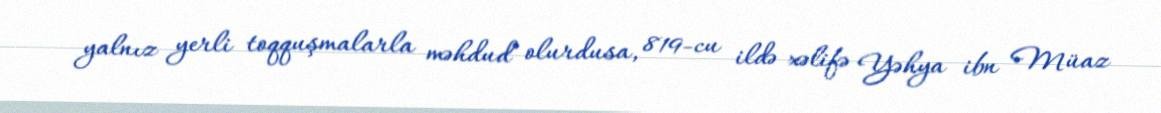
yalnız yerli toqquşmalarla məhdud olurdusa, 819-cu ildə xəlifə Yəhya ibn Müaz